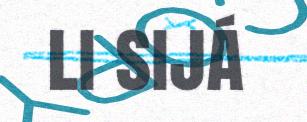
li sijá